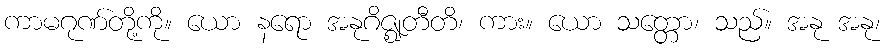
ကာမဂုဏ်တို့ကို။ ယော နရော အနုဂိဇ္ဈတီတိ၊ ကား။ ယော သတ္တော၊ သည်။ အနု အနု၊